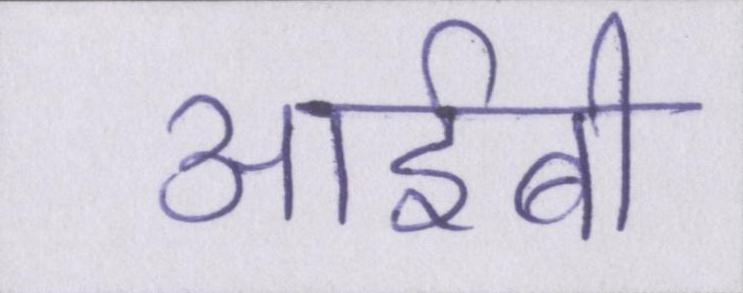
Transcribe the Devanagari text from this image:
आईबी